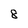
Character: 8